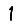
Digit: 1